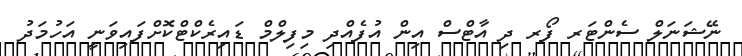
ނޭޝަނަލް ސެންޓަރ ފޯރ ދި އާޓްސް އިން އުފެއްދި މިފިލްމް ޑައިރެކްޓްކޮށްފައިވަނީ އަހުމަދު